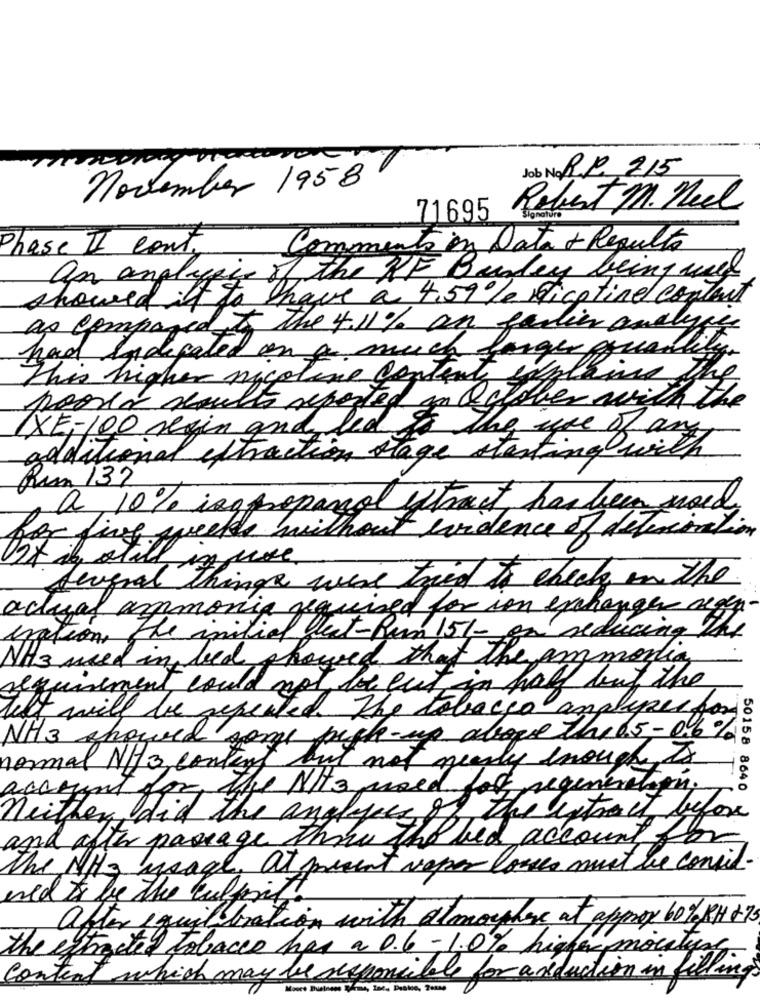
Job No RP 215
november 1958
Robert M. Neel
71695
Phase II cant
Comments on Data + Regulto
an anglegece of the NF Bayley being used
showed it to have a 4.59% nicotinel contact
as compared to the 4.11% an farlier analyse
had Indicated on a much larger qquali
This higher nicoline content explains
poorer results reported in October with
XE- 100 regin and led to the use of and
additional extraction stage starting with
Run 132
a 10% iso propanol ytract, has been goed
for five weeks without evidence of definition
things were tried to check in the
actual ammonia required for ion exchange regen-
iration, the initial Jest-Rum 151- on reducing the
NH3 used in bed showed that the ammonia
requirement could not be euti
in half but the
left will be repeated. The tobacco ampleper for
NH3 showed
sore pick-up above the15- 0.6%
normal N//3, content
but not nearly enough to
account for the NHS med lot regeneration;
50158 8640
neither did the angleces of the extrait before
and after passage the the bed account for
The NH3 usage. at present veper loves must be consil-
used to be the culprit.
after equilibration with atmosphere at approx 60% RH +75
the extracted tobacco has a 0.6 - 1.0% higher mocstyre
which may be responsible for a reduction in fillings
Control